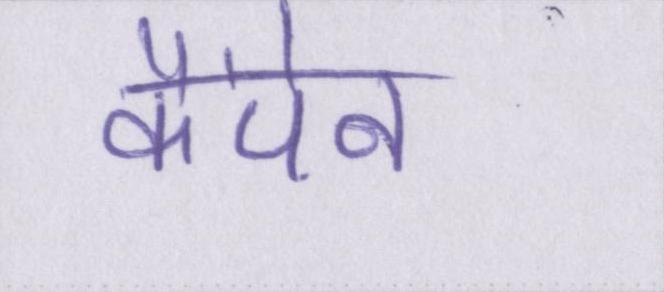
कैंपेन